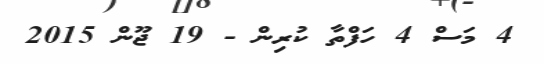
4 މަސް 4 ހަފްތާ ކުރިން - 19 ޖޫން 2015